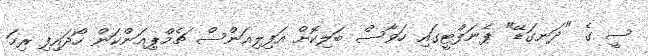
ސީ ގެ "ދަނގަޑޭ" ޕެނަލްޓީގައި ހަވާސް ބަލިކޮށް އަފިލިއަންސް ޗެމްޕިއަންކަން ހޯދައިފި ރިހަ